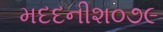
મદદનીશ૦૭૯